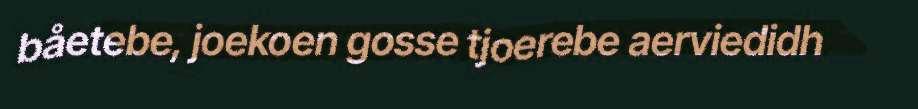
båetebe, joekoen gosse tjoerebe aerviedidh